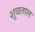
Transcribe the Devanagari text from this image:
शूळताल